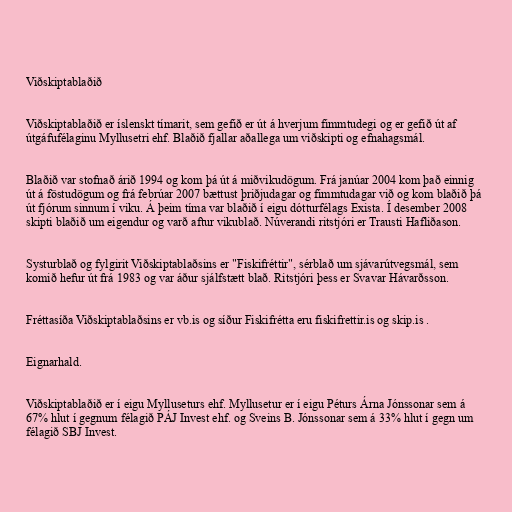
Viðskiptablaðið

Viðskiptablaðið er íslenskt tímarit, sem gefið er út á hverjum fimmtudegi og er gefið út af
útgáfufélaginu Myllusetri ehf. Blaðið fjallar aðallega um viðskipti og efnahagsmál.

Blaðið var stofnað árið 1994 og kom þá út á miðvikudögum. Frá janúar 2004 kom það einnig
út á föstudögum og frá febrúar 2007 bættust þriðjudagar og fimmtudagar við og kom blaðið þá
út fjórum sinnum í viku. Á þeim tíma var blaðið í eigu dótturfélags Exista. Í desember 2008
skipti blaðið um eigendur og varð aftur vikublað. Núverandi ritstjóri er Trausti Hafliðason.

Systurblað og fylgirit Viðskiptablaðsins er "Fiskifréttir", sérblað um sjávarútvegsmál, sem
komið hefur út frá 1983 og var áður sjálfstætt blað. Ritstjóri þess er Svavar Hávarðsson.

Fréttasíða Viðskiptablaðsins er vb.is og síður Fiskifrétta eru fiskifrettir.is og skip.is .

Eignarhald.

Viðskiptablaðið er í eigu Mylluseturs ehf. Myllusetur er í eigu Péturs Árna Jónssonar sem á
67% hlut í gegnum félagið PÁJ Invest ehf. og Sveins B. Jónssonar sem á 33% hlut í gegn um
félagið SBJ Invest.